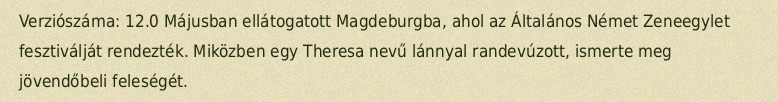
Verziószáma: 12.0 Májusban ellátogatott Magdeburgba, ahol az Általános Német Zeneegylet fesztiválját rendezték. Miközben egy Theresa nevű lánnyal randevúzott, ismerte meg jövendőbeli feleségét.